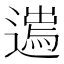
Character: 𨖮